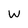
Character: w